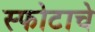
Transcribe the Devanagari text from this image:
स्फोटाचे